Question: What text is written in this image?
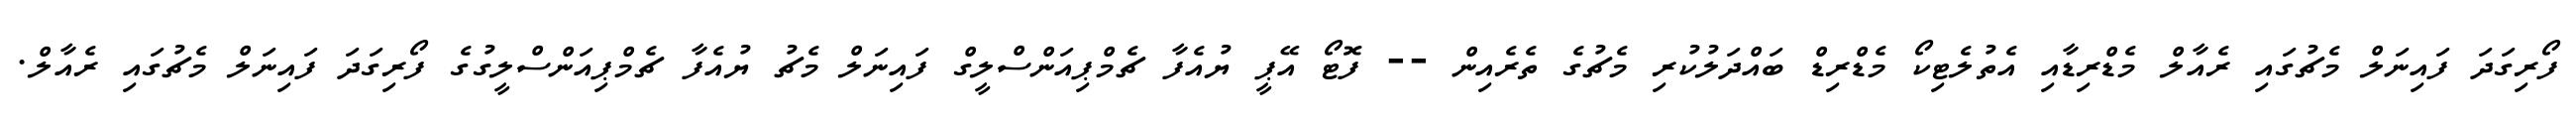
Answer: ފޯރިގަދަ ފައިނަލް މެޗުގައި ރެއާލް މެޑްރިޑާއި އެތުލެޓިކޯ މެޑްރިޑް ބައްދަލުކުރި މެޗުގެ ތެރެއިން -- ފޮޓޯ އޭޕީ ޔުއެފާ ޗެމްޕިއަންސްލީގް ފައިނަލް މެޗު ޔުއެފާ ޗެމްޕިއަންސްލީގުގެ ފޯރިގަދަ ފައިނަލް މެޗުގައި ރެއާލް.